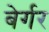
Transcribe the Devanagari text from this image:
बेर्गर